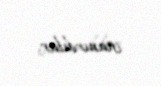
inanırdılar.